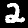
Digit: 2